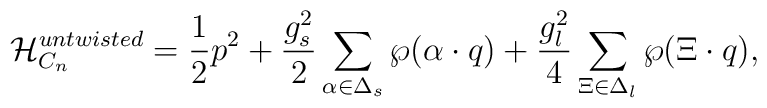
{\cal H}_{C_n}^{untwisted}={1\over2}p^2+{g_s^2\over2}   \sum_{\alpha\in\Delta_s}   \wp(\alpha\cdot q)+{g_l^2\over4}\sum_{\Xi\in\Delta_l}    \wp(\Xi\cdot q),